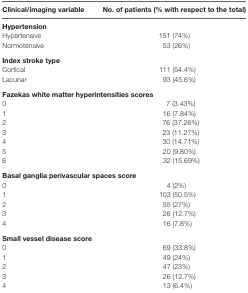
| Clinical/imaging variable | No. of patients (% with respect to the total) |
 | --- | --- |
 | <COLSPAN=2> Hypertension |
 | Hypertensive | 151 (74%) |
 | Normotensive | 53 (26%) |
 | <COLSPAN=2> Index stroke type |
 | Cortical | 111 (54.4%) |
 | Lacunar | 93 (45.6%) |
 | <COLSPAN=2> Fazekas white matter hyperintensities scores |
 | 0 | 7 (3.43%) |
 | 1 | 16 (7.84%) |
 | 2 | 76 (37.26%) |
 | 3 | 23 (11.27%) |
 | 4 | 30 (14.71%) |
 | 5 | 20 (9.80%) |
 | 6 | 32 (15.69%) |
 | <COLSPAN=2> Basal ganglia perivascular spaces score |
 | 0 | 4 (2%) |
 | 1 | 103 (50.5%) |
 | 2 | 55 (27%) |
 | 3 | 26 (12.7%) |
 | 4 | 16 (7.8%) |
 | <COLSPAN=2> Small vessel disease score |
 | 0 | 69 (33.8%) |
 | 1 | 49 (24%) |
 | 2 | 47 (23%) |
 | 3 | 26 (12.7%) |
 | 4 | 13 (6.4%) |